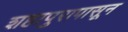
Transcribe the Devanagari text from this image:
शहापुरापासून